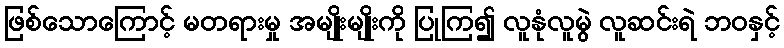
ဖြစ်သောကြောင့် မတရားမှု အမျိုးမျိုးကို ပြုကြ၍ လူနုံလူမွဲ လူဆင်းရဲ ဘဝနှင့်